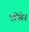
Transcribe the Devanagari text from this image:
एलिसेज